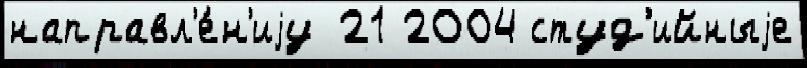
направл'е́н'иjу 21 2004 студ'ийныjе